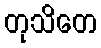
တုသိတေ